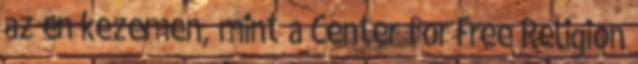
az én kezemen, mint a Center for Free Religion